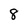
Character: 8